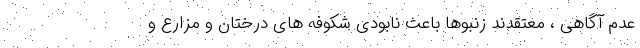
عدم آگاهی ، معتقدند زنبوها باعث نابودی شکوفه های درختان و مزارع و